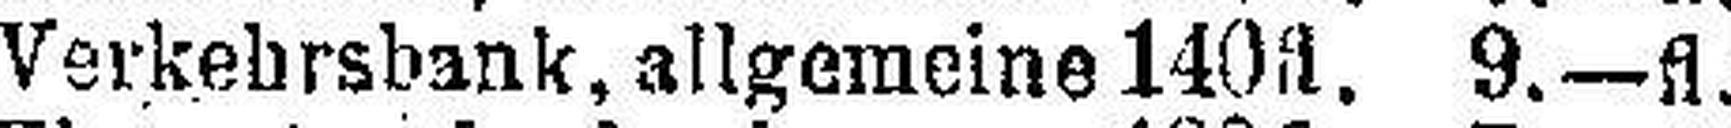
Verkehrsbank, allgemeine 140fl. 9.—fl.